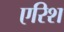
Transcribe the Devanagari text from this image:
एरिश